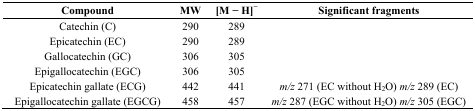
| Compound | MW | [M − H]− | Significant fragments |
 | --- | --- | --- | --- |
 | Catechin (C) | 290 | 289 |  |
 | Epicatechin (EC) | 290 | 289 |  |
 | Gallocatechin (GC) | 306 | 305 |  |
 | Epigallocatechin (EGC) | 306 | 305 |  |
 | Epicatechin gallate (ECG) | 442 | 441 | m/z 271 (EC without H2O) m/z 289 (EC) |
 | Epigallocatechin gallate (EGCG) | 458 | 457 | m/z 287 (EGC without H2O) m/z 305 (EGC) |